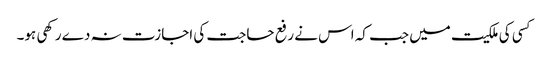
کسی کی ملکیت میں جب کہ اس نے رفع حاجت کی اجازت نہ دے رکھی ہو۔